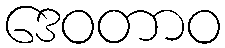
ဒေဝတာဝ